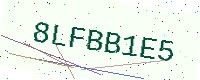
Text: 8LFBB1E5